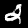
Label: 2